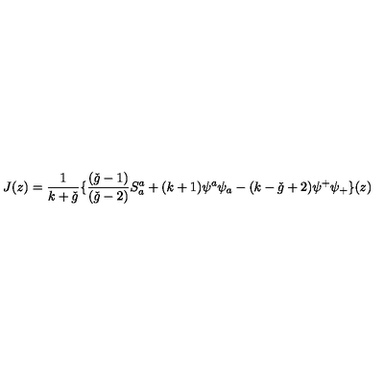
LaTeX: J ( z ) = \frac { 1 } { k + \check { g } } \{ \frac { ( \check { g } - 1 ) } { ( \check { g } - 2 ) } S _ { a } ^ { a } + ( k + 1 ) \psi ^ { a } \psi _ { a } - ( k - \check { g } + 2 ) \psi ^ { + } \psi _ { + } \} ( z )